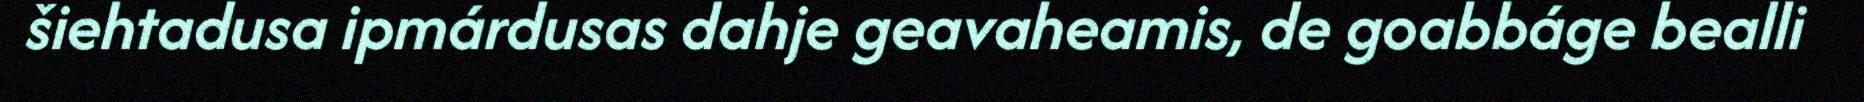
šiehtadusa ipmárdusas dahje geavaheamis, de goabbáge bealli